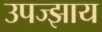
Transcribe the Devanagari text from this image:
उपज्झाय